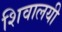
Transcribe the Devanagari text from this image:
शिवालयी